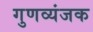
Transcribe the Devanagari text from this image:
गुणव्यंजक